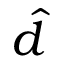
\hat { d }